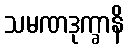
သမဏဒုက္ခာနိ